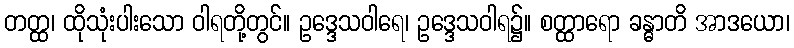
တတ္ထ၊ ထိုသုံးပါးသော ဝါရတို့တွင်။ ဥဒ္ဒေသဝါရေ၊ ဥဒ္ဒေသဝါရ၌။ စတ္ထာရော ခန္ဓာတိ အာဒယော၊